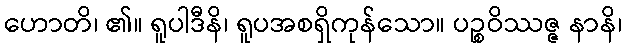
ဟောတိ၊ ၏။ ရူပါဒီနိ၊ ရူပအစရှိကုန်သော။ ပဉ္စဝိဿဇ္ဇ နာနိ၊